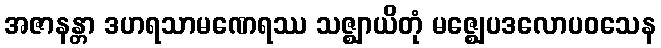
အဇာနန္တာ ဒဟရသာမဏေရဿ သဇ္ဈာယိတုံ မဇ္ဈေပဒလောပဝသေန